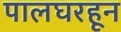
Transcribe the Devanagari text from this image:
पालघरहून